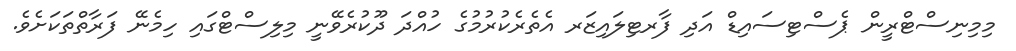
މިމިނިސްޓްރީން ޕެސްޓިސައިޑް އަދި ފާރޓިލައިޒަރ އެތެރެކުރުމުގެ ހުއްދަ ދޫކުރެވޭނީ މިލިސްޓްގައި ހިމެނޭ ފަރާތްތަކަށެވެ.